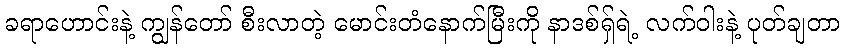
ခရာဟောင်းနဲ့ ကျွန်တော် စီးလာတဲ့ မောင်းတံနောက်မြီးကို နာဒစ်ရှ်ရဲ့ လက်ဝါးနဲ့ ပုတ်ချတာ